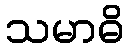
သမာဓိ